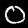
Digit: 0